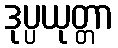
ဒုပ္ပယုတ္တာ